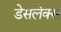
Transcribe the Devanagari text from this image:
डेसलेक्स